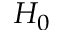
H _ { 0 }